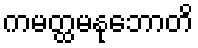
ကမတ္ထမနုဘောတိ